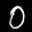
Label: 0